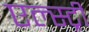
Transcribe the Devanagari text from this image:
एल्स्ट्री